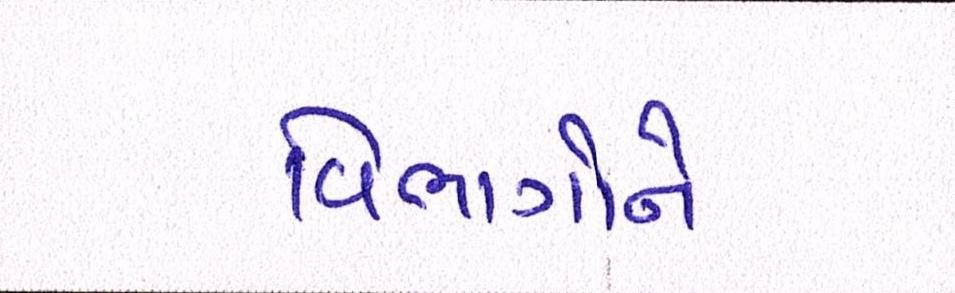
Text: વિભાગોને